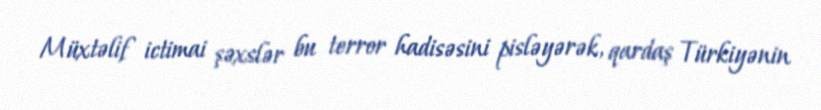
Müxtəlif ictimai şəxslər bu terror hadisəsini pisləyərək, qardaş Türkiyənin